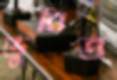
ডুবিত